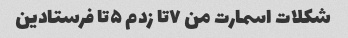
شکلات اسمارت من ۷تا زدم ۵تا فرستادین